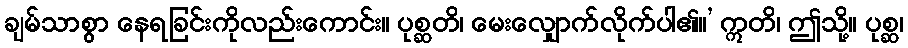
ချမ်သာစွာ နေရခြင်းကိုလည်းကောင်း။ ပုစ္ဆတိ၊ မေးလျှောက်လိုက်ပါ၏။’ ဣတိ၊ ဤသို့။ ပုစ္ဆ၊